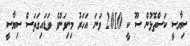
ސިޔާސީ ކަސްތޮޅުން ސޫ ކީ 2010 ވަނަ އަހަރު މިނިވަންވެ ވަޑައިގަތަސް ސިޔާސީ